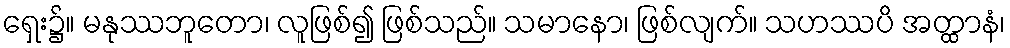
ရှေး၌။ မနုဿဘူတော၊ လူဖြစ်၍ ဖြစ်သည်။ သမာနော၊ ဖြစ်လျက်။ သဟဿပိ အတ္ထာနံ၊